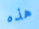
هذه